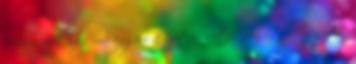
Uram, védj meg ma engem a Sátán sötétségétől. Segíts,